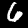
Label: 6